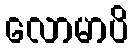
လောမာပိ